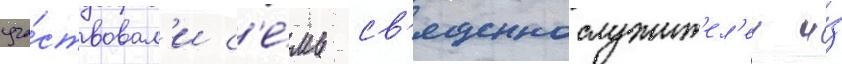
уча́ствовал'и с'е́мь св'ященнослужит'ел'еи и́з